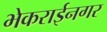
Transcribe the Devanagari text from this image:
भेकराईनगर